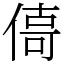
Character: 㑸